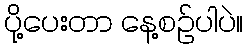
ပို့ပေးတာ နေ့စဉ်ပါပဲ။